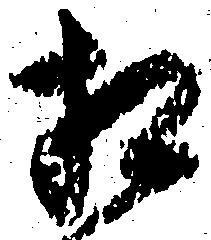
相